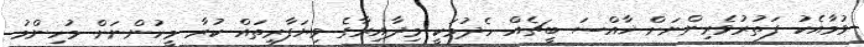
ވުމާއެކު ފަތުރުވެރިންނަށް ޚާއްސަ ބީޗެއް ހެދުމަކީ މިދާއިރާގެ ވިޔަފާރިތައް ކުރާ މީހުންނަށް މުހިންމު